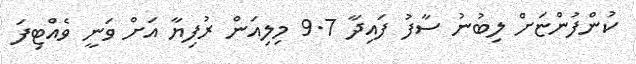
ކުންފުންޏަށް ލިބުނު ސާފު ފައިދާ 9.7 މިލިއަން ރުފިޔާ އަށް ވަނީ ވެއްޓިފަ